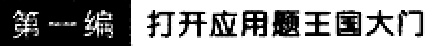
第一编 打开应用题王国大门